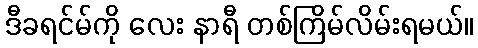
ဒီခရင်မ်ကို လေး နာရီ တစ်ကြိမ်လိမ်းရမယ်။